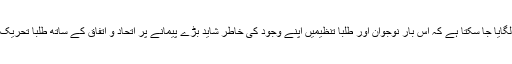
اس سے اندازہ لگایا جا سکتا ہے کہ اس بار نوجوان اور طلبا تنظیمیں اپنے وجود کی خاطر شاید بڑے پیمانے پر اتحاد و اتفاق کے ساتھ طلبا تحریک کا آغاز کریں۔